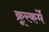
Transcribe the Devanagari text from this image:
क्रूरकर्मे